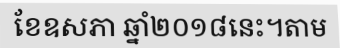
ខែឧសភា ឆ្នាំ២០១៨នេះ។តាម